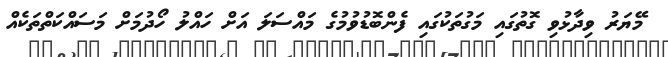
މޭޔަރު ވިދާޅުވި ގޮތުގައި މަގުތަކުގައި ފެންބޮޑުވުމުގެ މައްސަލަ އަށް ހައްލު ހޯދުމަށް މަސައްކަތްތަކެއް